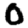
Digit: 0